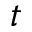
t